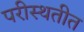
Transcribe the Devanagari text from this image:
परीस्थतीत